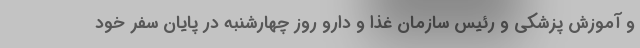
و آموزش پزشکی و رئیس سازمان غذا و دارو روز چهارشنبه در پایان سفر خود